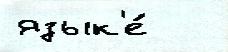
язык'е́